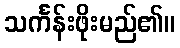
သင်္ကန်းဖိုးမည်၏။